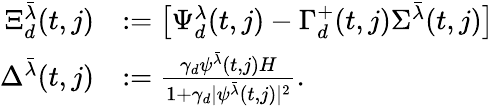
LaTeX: \begin{array}{rl}{\Xi_{d}^{\bar{\lambda}}(t,j)}&{:=\big[\Psi_{d}^{\lambda}(t,j)-\Gamma_{d}^{+}(t,j)\Sigma^{\bar{\lambda}}(t,j)\big]}\\ {\Delta^{\bar{\lambda}}(t,j)}&{:=\frac{\gamma_{d}\psi^{\bar{\lambda}}(t,j)H}{1+\gamma_{d}|\psi^{\bar{\lambda}}(t,j)|^{2}}.}\end{array}